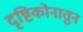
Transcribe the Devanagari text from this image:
दृष्टिकोनातुन